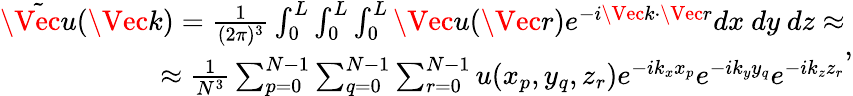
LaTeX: \begin{array}{r}{\tilde{\Vec{u}}(\Vec{k})=\frac{1}{(2\pi)^{3}}\int_{0}^{L}\int_{0}^{L}\int_{0}^{L}\Vec{u}(\Vec{r})e^{-i\Vec{k}\cdot\Vec{r}}dx~dy~dz\approx}\\ {\approx\frac{1}{N^{3}}\sum_{p=0}^{N-1}\sum_{q=0}^{N-1}\sum_{r=0}^{N-1}u(x_{p},y_{q},z_{r})e^{-ik_{x}x_{p}}e^{-ik_{y}y_{q}}e^{-ik_{z}z_{r}}}\end{array},